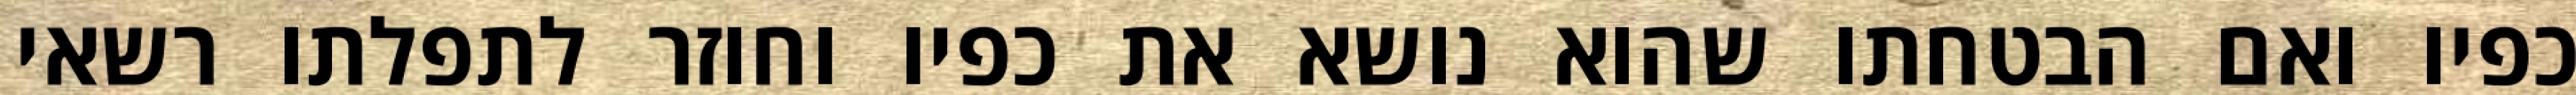
כפיו ואם הבטחתו שהוא נושא את כפיו וחוזר לתפלתו רשאי